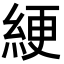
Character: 綆